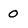
Character: O